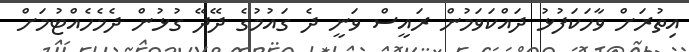
އިތުރަށް ވާހަކަފުޅު ދައްކަވަމުން ރައީސް ވަނީ ދެ ގައުމުގެ ދޭދޭ ގުޅުން ދެމެހެއްޓުމަށް